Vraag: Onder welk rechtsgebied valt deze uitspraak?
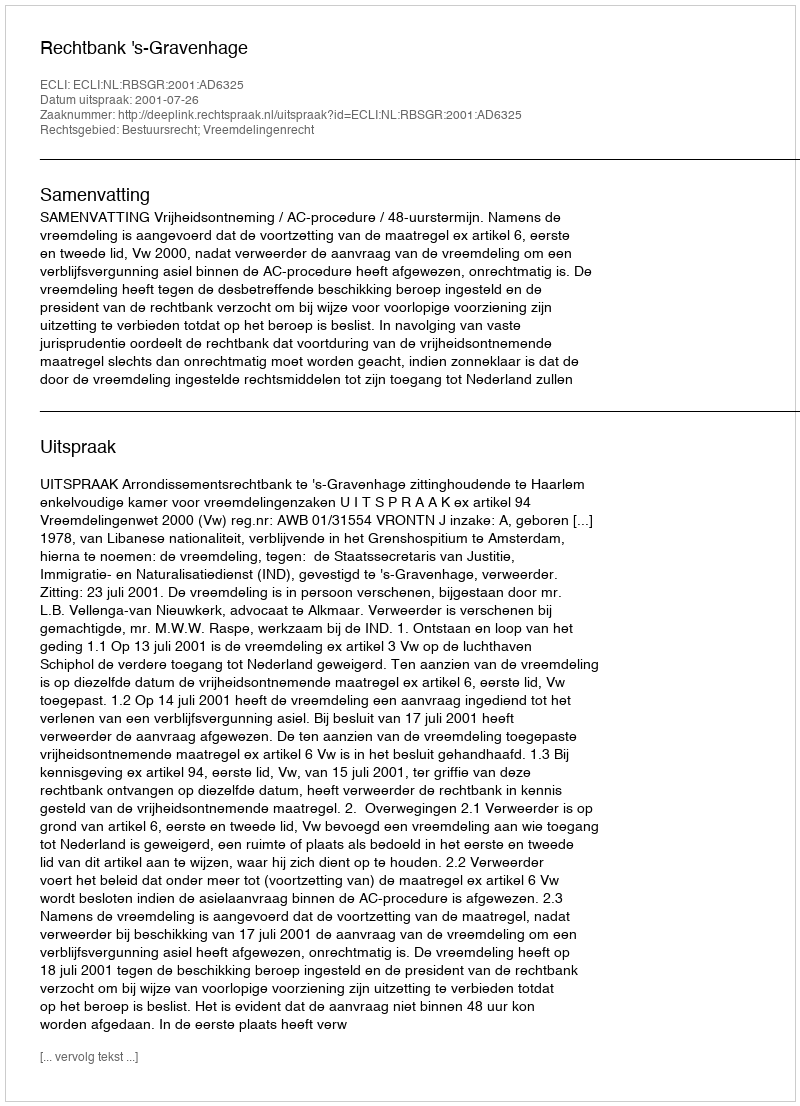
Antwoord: Bestuursrecht; Vreemdelingenrecht